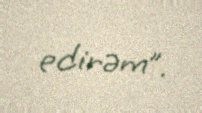
edirəm”.